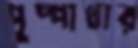
পুষ্পাধার